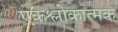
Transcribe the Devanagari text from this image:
एकश्लोकात्मक